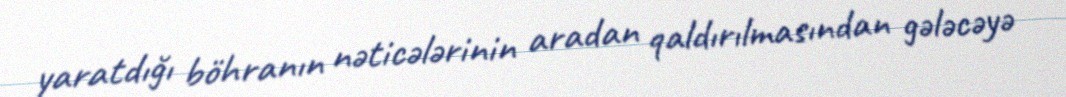
yaratdığı böhranın nəticələrinin aradan qaldırılmasından gələcəyə